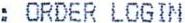
: ORDER LOGIN